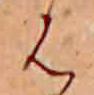
は